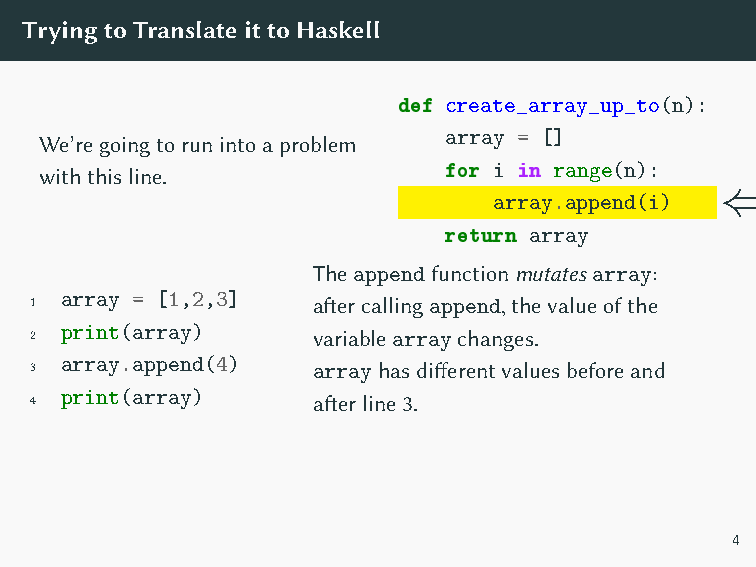
Wecan’tdothatinanimmutablelanguage! Avariable’svalue
 cannotchangefromonelinetothenextinHaskell.
 TryingtoTranslateittoHaskell
 def create_array_up_to(n):
 We’regoingtorunintoaproblem array = []
 withthisline.             for i in range(n):
 ⇐
 array.append(i)
 return array
 Theappendfunctionmutatesarray:
 1 array = [1,2,3]  aftercallingappend,thevalueofthe
 2 print(array)     variablearraychanges.
 3 array.append(4)  arrayhasdifferentvaluesbeforeand
 4 print(array)     afterline3.
 4